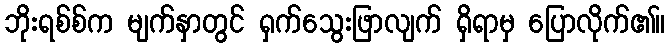
ဘိုးရစ်စ်က မျက်နှာတွင် ရှက်သွေးဖြာလျက် ရှိရာမှ ပြောလိုက်၏။